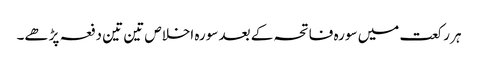
ہر رکعت میں سورہ فاتحہ کے بعد سورہ اخلاص تین تین دفعہ پڑھے۔